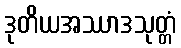
ဒုတိယအဿာဒသုတ္တံ